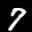
Label: 7